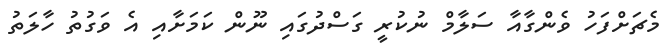
މެޗަށްފަހު ވެންގާއާ ސަލާމް ނުކުރީ ގަސްދުގައި ނޫން ކަމަށާއި އެ ވަގުތު ހާލަތު